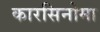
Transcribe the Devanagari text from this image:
कारसिनोमा